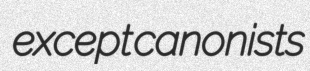
except canonists